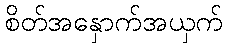
စိတ်အနှောက်အယှက်